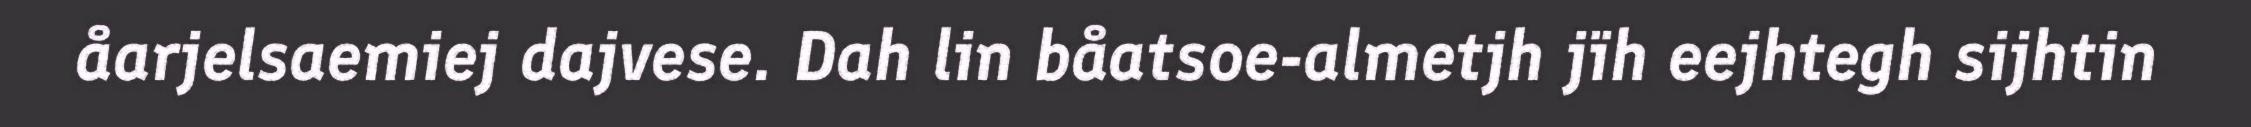
åarjelsaemiej dajvese. Dah lin båatsoe-almetjh jïh eejhtegh sijhtin